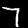
Label: 7